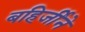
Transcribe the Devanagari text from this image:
बहिर्जीने